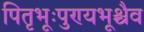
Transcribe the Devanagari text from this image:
पितृभूःपुण्यभूश्चैव